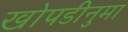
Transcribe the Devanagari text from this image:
खोपडीनुमा